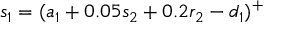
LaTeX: s _ { 1 } = ( a _ { 1 } + 0 . 0 5 s _ { 2 } + 0 . 2 r _ { 2 } - d _ { 1 } ) ^ { + }